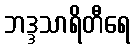
ဘဒ္ဒသာရိတီရေ